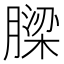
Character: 𮌹